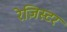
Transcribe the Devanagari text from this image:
रेज़िस्टर